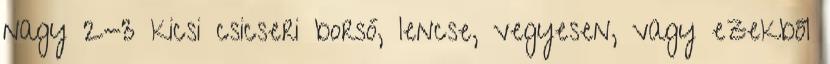
nagy 2-3 kicsi csicseri borsó, lencse, vegyesen, vagy ezekből